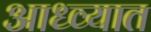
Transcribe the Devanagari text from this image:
आध्व्यात